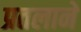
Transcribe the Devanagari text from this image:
प्रतलाने